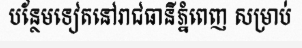
បន្ថែមទៀតនៅរាជធានីភ្នំពេញ សម្រាប់